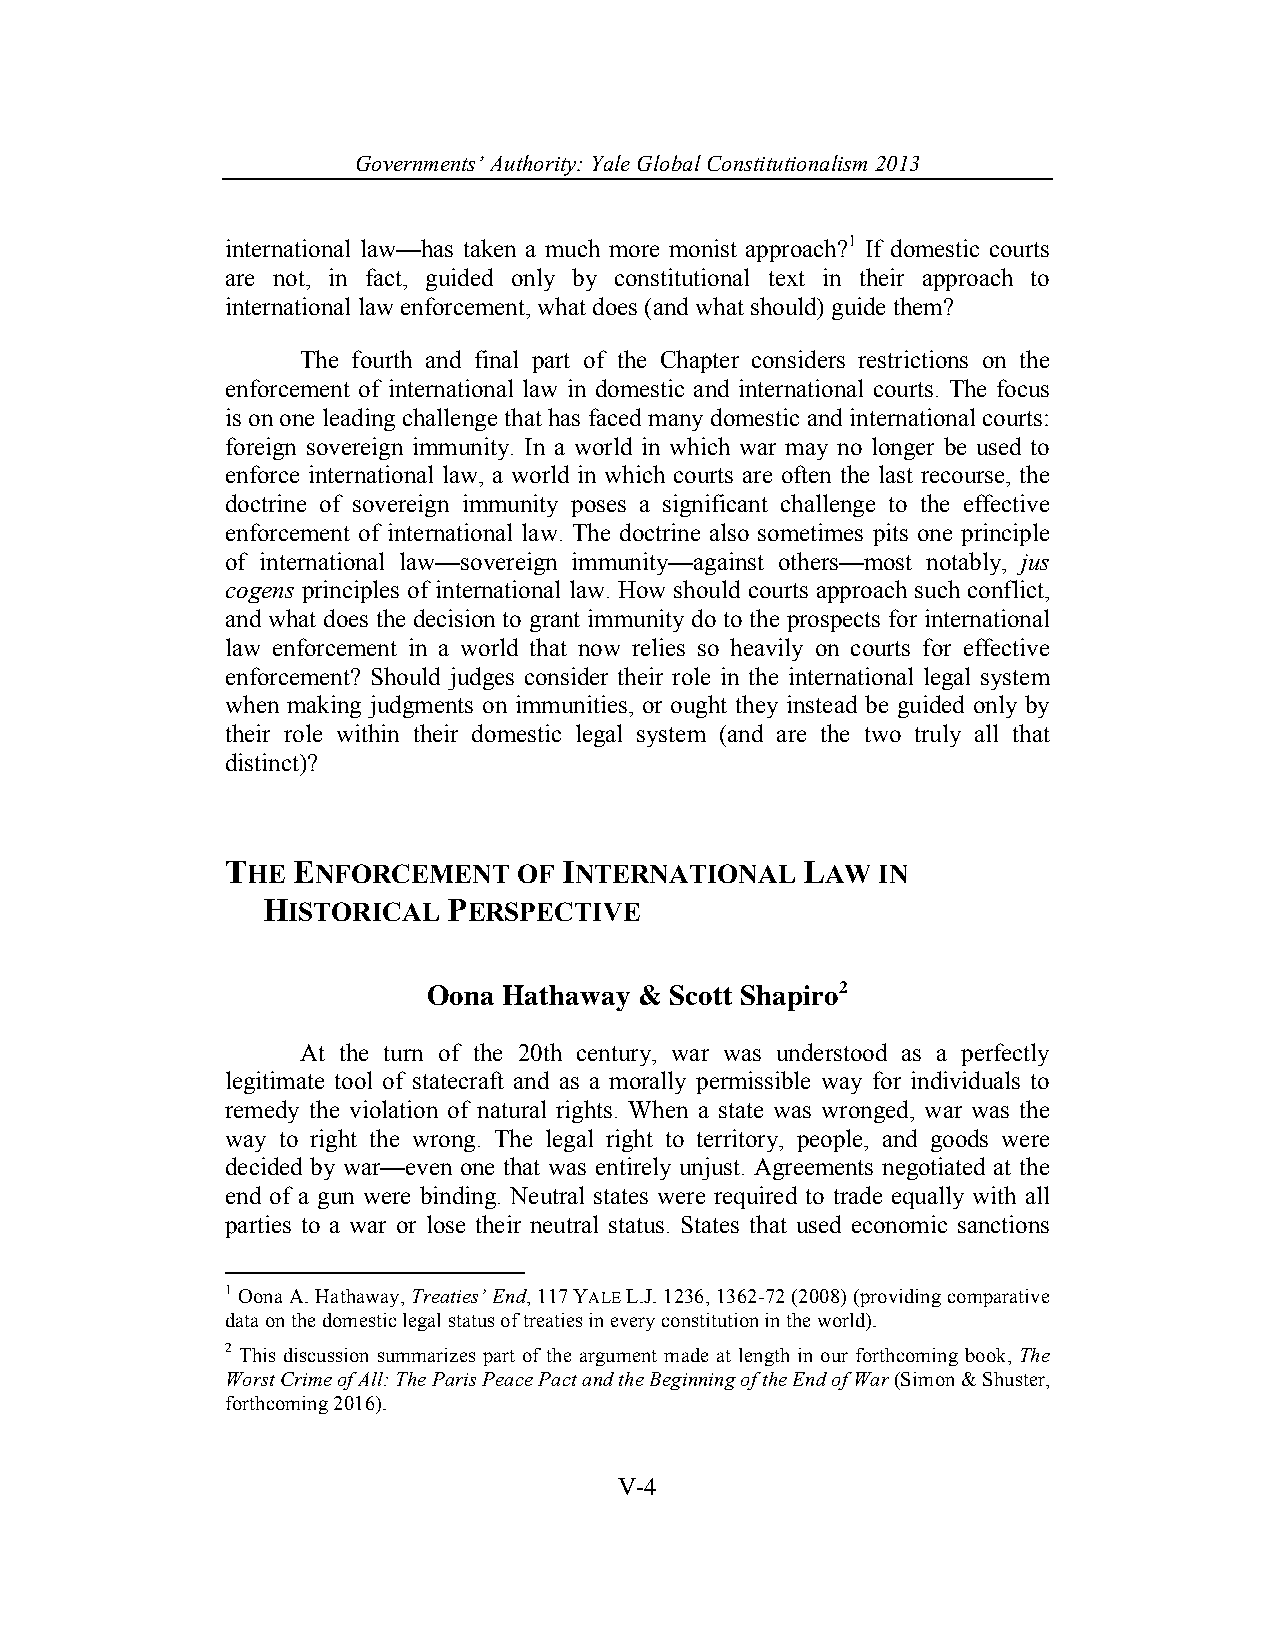
Governments’ Authority: Yale Global Constitutionalism 2013
 international law—has taken a much more monist approach?1 If domestic courts
 are not, in fact, guided only by constitutional text in their approach to
 international law enforcement, what does (and what should) guide them?
 The fourth and final part of the Chapter considers restrictions on the
 enforcement of international law in domestic and international courts. The focus
 is on one leading challenge that has faced many domestic and international courts:
 foreign sovereign immunity. In a world in which war may no longer be used to
 enforce international law, a world in which courts are often the last recourse, the
 doctrine of sovereign immunity poses a significant challenge to the effective
 enforcement of international law. The doctrine also sometimes pits one principle
 of international law—sovereign immunity—against others—most notably, jus
 cogens principles of international law. How should courts approach such conflict,
 and what does the decision to grant immunity do to the prospects for international
 law enforcement in a world that now relies so heavily on courts for effective
 enforcement? Should judges consider their role in the international legal system
 when making judgments on immunities, or ought they instead be guided only by
 their role within their domestic legal system (and are the two truly all that
 distinct)?
 THE ENFORCEMENT    OF INTERNATIONAL   LAW  IN
 HISTORICAL   PERSPECTIVE
 Oona Hathaway & Scott Shapiro2
 At the turn of the 20th century, war was understood as a perfectly
 legitimate tool of statecraft and as a morally permissible way for individuals to
 remedy the violation of natural rights. When a state was wronged, war was the
 way to right the wrong. The legal right to territory, people, and goods were
 decided by war—even one that was entirely unjust. Agreements negotiated at the
 end of a gun were binding. Neutral states were required to trade equally with all
 parties to a war or lose their neutral status. States that used economic sanctions
 1 Oona A. Hathaway, Treaties’ End, 117 YALE L.J. 1236, 1362-72 (2008) (providing comparative
 data on the domestic legal status of treaties in every constitution in the world).
 2 This discussion summarizes part of the argument made at length in our forthcoming book, The
 Worst Crime of All: The Paris Peace Pact and the Beginning of the End of War (Simon & Shuster,
 forthcoming 2016).
 V-4